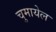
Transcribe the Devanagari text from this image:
चुमायेल